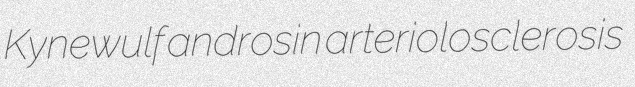
Kynewulf androsin arteriolosclerosis